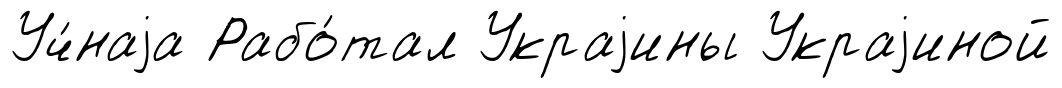
Уч́наjа Рабо́тал Украjины Украjиной